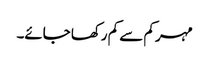
مہر کم سے کم رکھا جائے۔